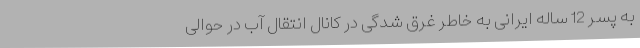
به پسر 12 ساله ایرانی به خاطر غرق شدگی در کانال انتقال آب در حوالی